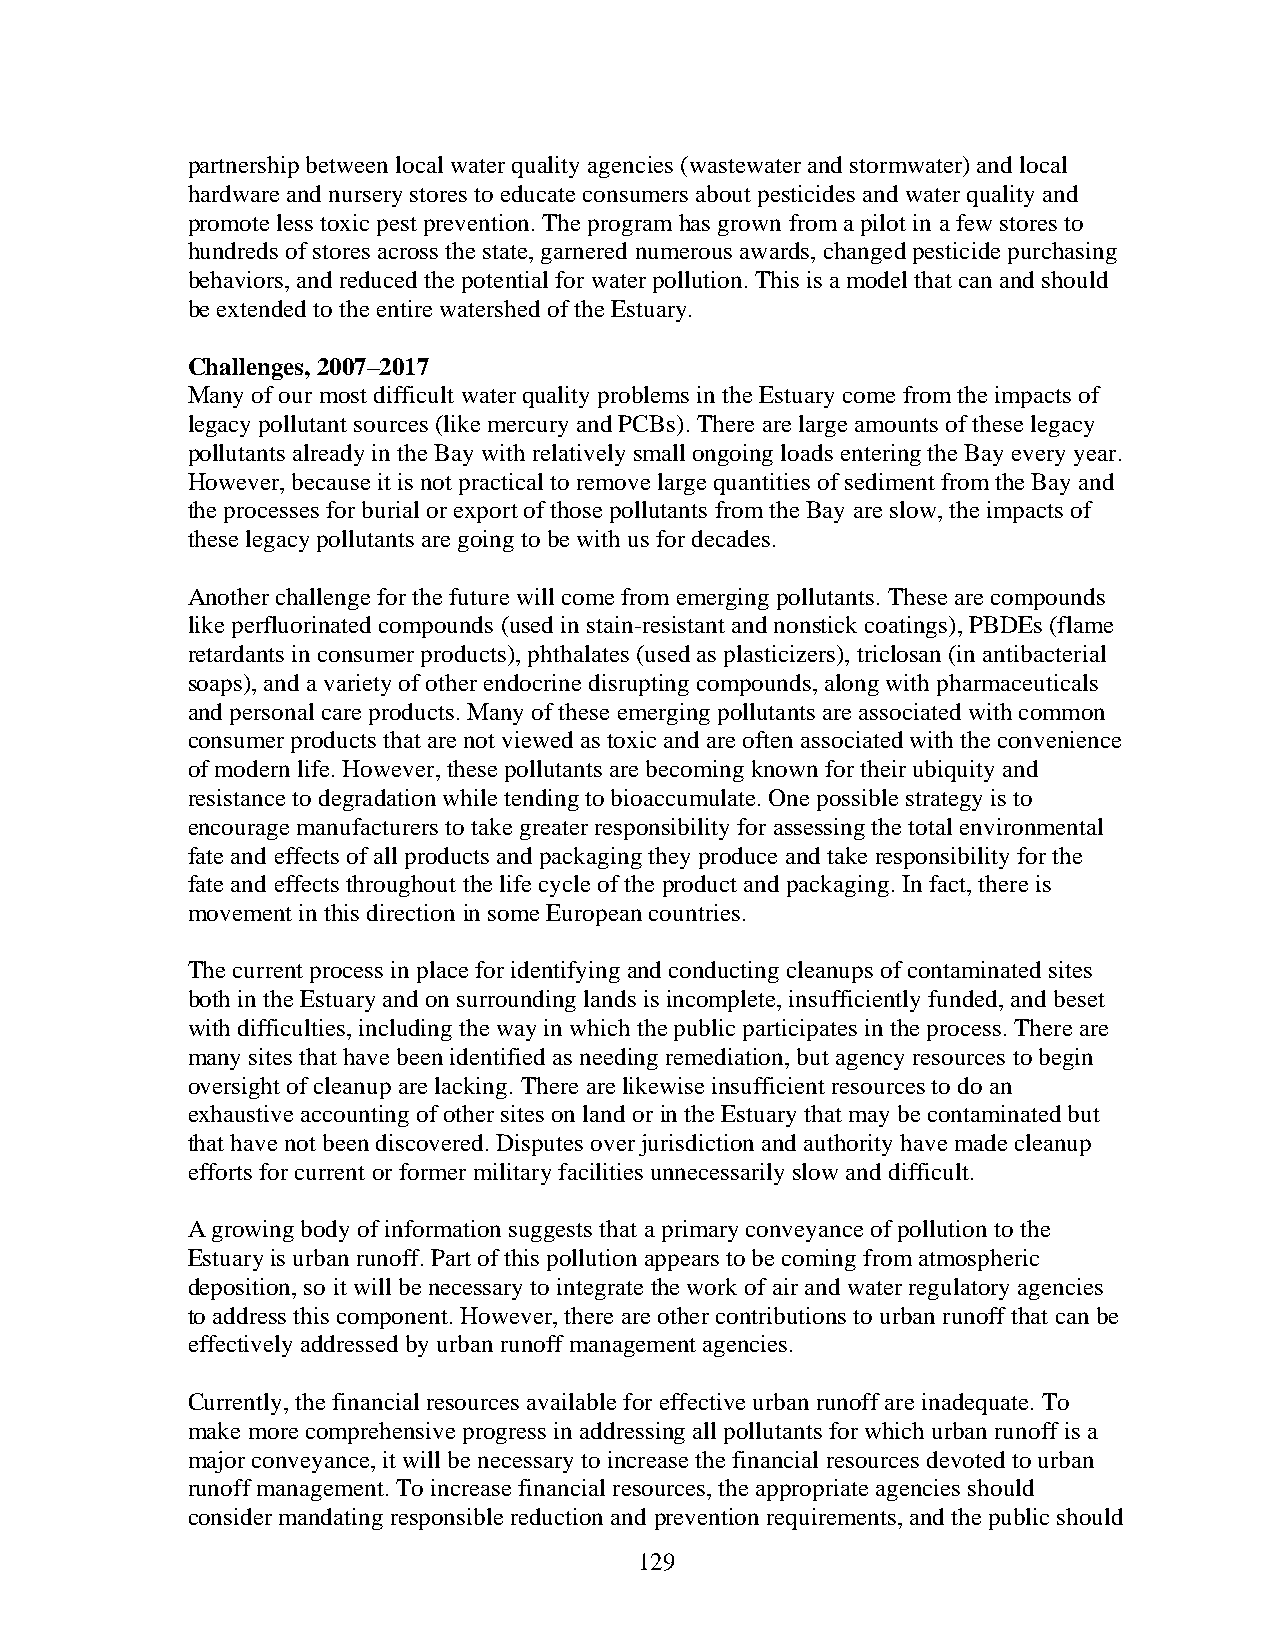
partnership between local water quality agencies (wastewater and stormwater) and local
 hardware and nursery stores to educate consumers about pesticides and water quality and
 promote less toxic pest prevention. The program has grown from a pilot in a few stores to
 hundreds of stores across the state, garnered numerous awards, changed pesticide purchasing
 behaviors, and reduced the potential for water pollution. This is a model that can and should
 be extended to the entire watershed of the Estuary.
 Challenges, 2007–2017
 Many of our most difficult water quality problems in the Estuary come from the impacts of
 legacy pollutant sources (like mercury and PCBs). There are large amounts of these legacy
 pollutants already in the Bay with relatively small ongoing loads entering the Bay every year.
 However, because it is not practical to remove large quantities of sediment from the Bay and
 the processes for burial or export of those pollutants from the Bay are slow, the impacts of
 these legacy pollutants are going to be with us for decades.
 Another challenge for the future will come from emerging pollutants. These are compounds
 like perfluorinated compounds (used in stain-resistant and nonstick coatings), PBDEs (flame
 retardants in consumer products), phthalates (used as plasticizers), triclosan (in antibacterial
 soaps), and a variety of other endocrine disrupting compounds, along with pharmaceuticals
 and personal care products. Many of these emerging pollutants are associated with common
 consumer products that are not viewed as toxic and are often associated with the convenience
 of modern life. However, these pollutants are becoming known for their ubiquity and
 resistance to degradation while tending to bioaccumulate. One possible strategy is to
 encourage manufacturers to take greater responsibility for assessing the total environmental
 fate and effects of all products and packaging they produce and take responsibility for the
 fate and effects throughout the life cycle of the product and packaging. In fact, there is
 movement in this direction in some European countries.
 The current process in place for identifying and conducting cleanups of contaminated sites
 both in the Estuary and on surrounding lands is incomplete, insufficiently funded, and beset
 with difficulties, including the way in which the public participates in the process. There are
 many sites that have been identified as needing remediation, but agency resources to begin
 oversight of cleanup are lacking. There are likewise insufficient resources to do an
 exhaustive accounting of other sites on land or in the Estuary that may be contaminated but
 that have not been discovered. Disputes over jurisdiction and authority have made cleanup
 efforts for current or former military facilities unnecessarily slow and difficult.
 A growing body of information suggests that a primary conveyance of pollution to the
 Estuary is urban runoff. Part of this pollution appears to be coming from atmospheric
 deposition, so it will be necessary to integrate the work of air and water regulatory agencies
 to address this component. However, there are other contributions to urban runoff that can be
 effectively addressed by urban runoff management agencies.
 Currently, the financial resources available for effective urban runoff are inadequate. To
 make more comprehensive progress in addressing all pollutants for which urban runoff is a
 major conveyance, it will be necessary to increase the financial resources devoted to urban
 runoff management. To increase financial resources, the appropriate agencies should
 consider mandating responsible reduction and prevention requirements, and the public should
 129